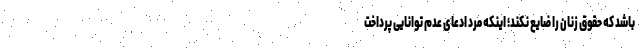
باشد که حقوق زنان را ضایع نکند؛ اینکه مرد ادعای عدم توانایی پرداخت